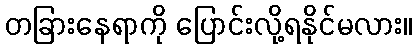
တခြားနေရာကို ပြောင်းလို့ရနိုင်မလား။